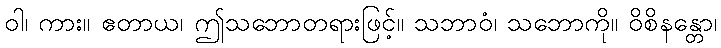
ဝါ၊ ကား။ ဧတာယ၊ ဤသဘောတရားဖြင့်။ သဘာဝံ၊ သဘောကို။ ဝိစိနန္တော၊